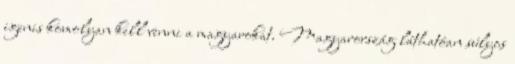
igenis komolyan kell venni a magyarokat. Magyarország láthatóan súlyos